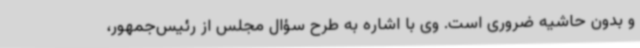
و بدون حاشیه ضروری است. وی با اشاره به طرح سؤال مجلس از رئیس‌جمهور،